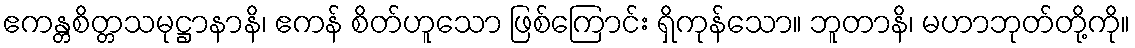
ဧကန္တစိတ္တသမုဋ္ဌာနာနိ၊ ဧကန် စိတ်ဟူသော ဖြစ်ကြောင်း ရှိကုန်သော။ ဘူတာနိ၊ မဟာဘုတ်တို့ကို။